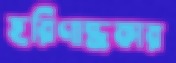
হরিণান্ধকার